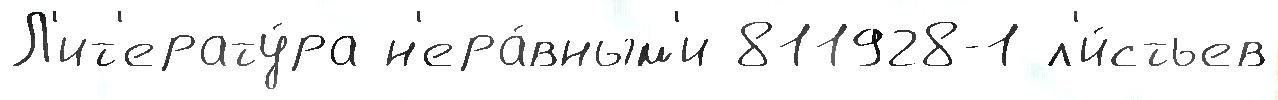
Л'ит'ерату́ра н'ера́вным'и 811928-1 л'и́стьев